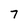
Character: 7